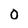
Character: O